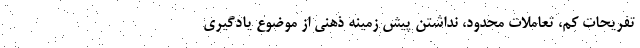
تفریحات کم، تعاملات محدود، نداشتن پیش زمینه ذهنی از موضوع یادگیری